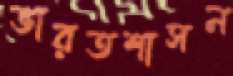
ভারতশাসন